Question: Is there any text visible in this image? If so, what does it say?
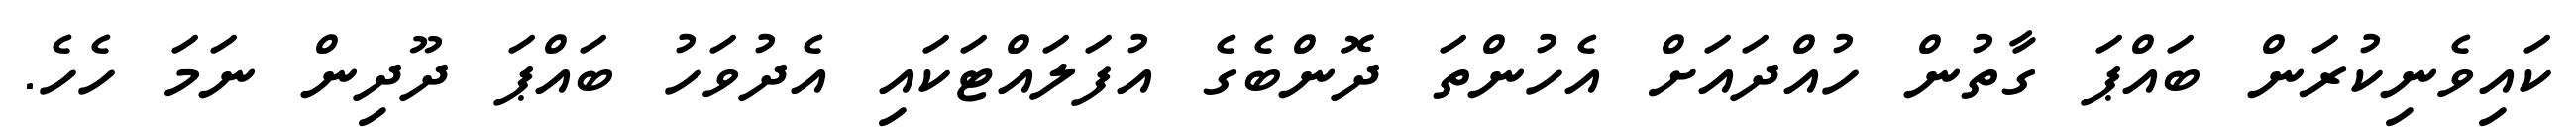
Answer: ކައިވެނިކުރަން ބައްޕަ ގާތުން ހުއްދައަށް އެހުންތަ ދޮންބެގެ އުފަލައްޓަކައި އެދުވަހު ބައްޕަ ދޫދިން ނަމަ ހެހެ.